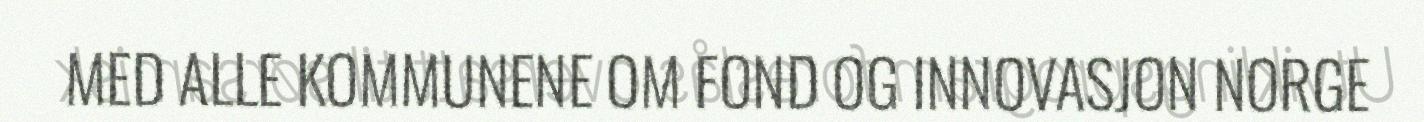
MED ALLE KOMMUNENE OM FOND OG INNOVASJON NORGE